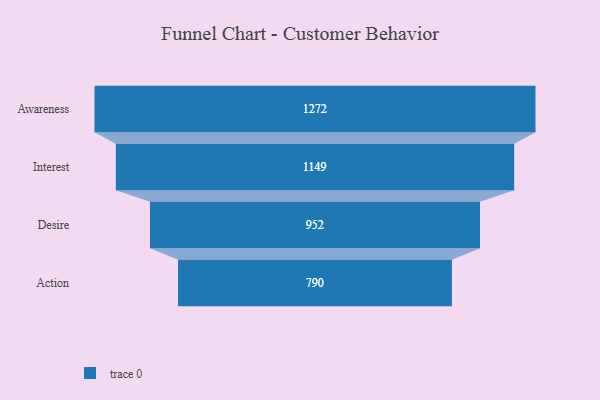
{"axis": {"x": "Stage", "y": "Value"}, "legend": [""], "data": [{"x": "Awareness", "y": 1272.0, "type": ""}, {"x": "Interest", "y": 1149.0, "type": ""}, {"x": "Desire", "y": 952.0, "type": ""}, {"x": "Action", "y": 790.0, "type": ""}]}